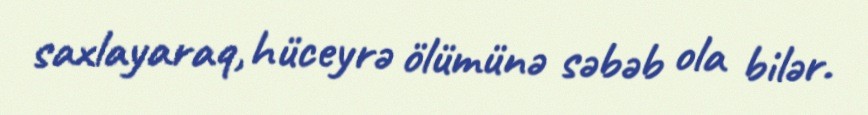
saxlayaraq, hüceyrə ölümünə səbəb ola bilər.